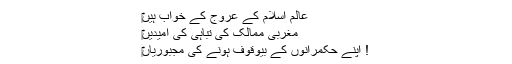
‎عالم اسلام کے عروج کے خواب ہیں
‎مغربی ممالک کی تباہی کی امیدیں
‎اپنے حکمرانوں کے بیوقوف ہونے کی مجبوریاں !